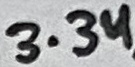
Text: 3.3u